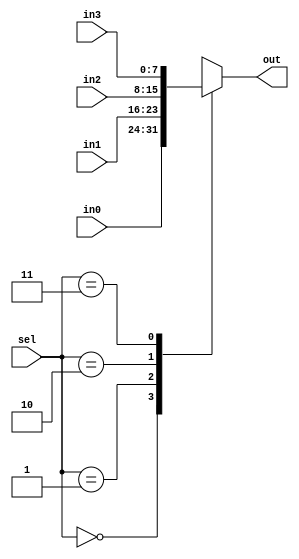
module mux4by1 (in0, in1, in2, in3, sel, out);

    input   [7:0] in0;
    input   [7:0] in1;
    input   [7:0] in2;
    input   [7:0] in3;
    input   [1:0] sel;
    output  reg [7:0] out;
    
    always @ (*) begin
        
        case (sel)
            2'b00:  out = in0;
            2'b01:  out = in1;
            2'b10:  out = in2;
            2'b11:  out = in3;
        endcase
        
    end
    

endmodule